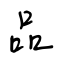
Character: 品